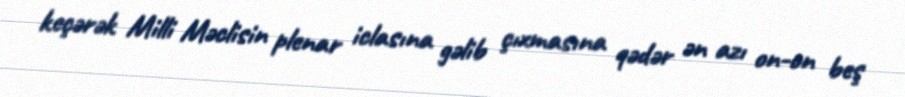
keçərək Milli Məclisin plenar iclasına gəlib çıxmasına qədər ən azı on-on beş